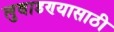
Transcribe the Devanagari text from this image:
लुबाडण्यासाठी